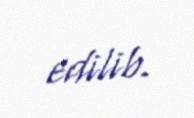
edilib.